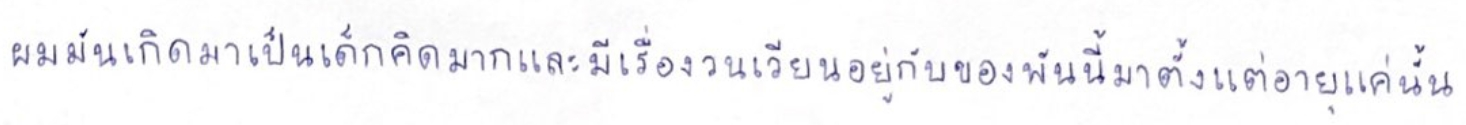
ผมมันเกิดมาเป็นเด็กคิดมากและมีเรื่องวนเวียนอยู่กับของพันนี้มาตั้งแต่อายุแค่นั้น